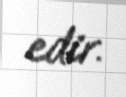
edir.